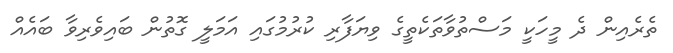
ތެރެއިން ދެ މީހަކީ މަސްތުވާތަކެތީގެ ވިޔަފާރި ކުރުމުގައި އަމަލީ ގޮތުން ބައިވެރިވާ ބައެއް